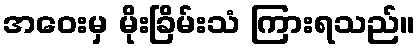
အဝေးမှ မိုးခြိမ်းသံ ကြားရသည်။